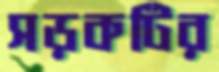
সড়কটির